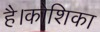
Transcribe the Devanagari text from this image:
है।कोशिका